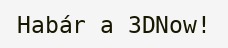
Habár a 3DNow!